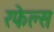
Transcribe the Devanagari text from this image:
रफेल्स